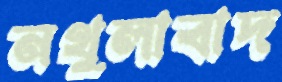
নথুলাবাদ